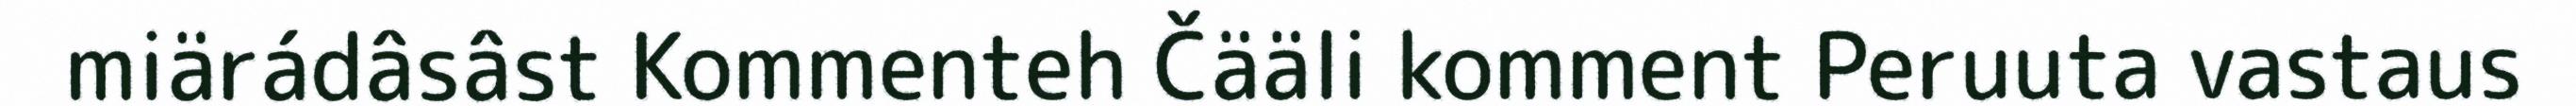
miärádâsâst Kommenteh Čääli komment Peruuta vastaus